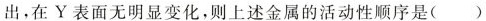
出，在Y表面无明显变化，则上述金属的活动性顺序是( )